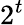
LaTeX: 2^{t}